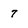
Character: 7